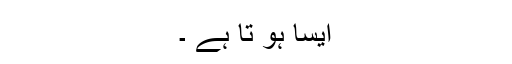
ایسا ہو تا ہے ۔